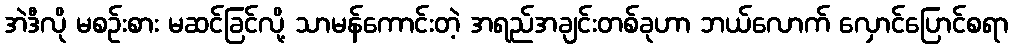
အဲဒီလို မစဉ်းစား မဆင်ခြင်လို့ သာမန်ကောင်းတဲ့ အရည်အချင်းတစ်ခုဟာ ဘယ်လောက် လှောင်ပြောင်စရာ